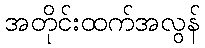
အတိုင်းထက်အလွန်